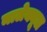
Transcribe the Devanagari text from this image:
मालेक्यूल